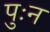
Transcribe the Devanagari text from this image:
पुःन